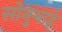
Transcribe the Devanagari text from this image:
सोनुभाई